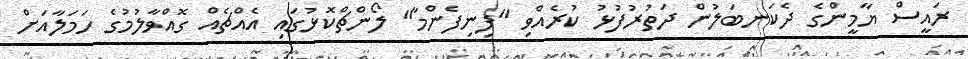
ރައީސް ޔާމީންގެ ދެކަނބަލުން ދަތުރުފުޅު ކުރެއްވި "ފިނިފެންމާ" ލޯންޗްކޮޅުގައި އެއްޗެއް ގޮއްވާލުމުގެ ހަމަލާއަށް